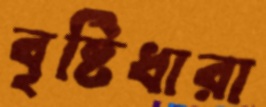
বৃষ্টিধারা